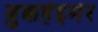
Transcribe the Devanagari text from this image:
ब्रुक्कहेइमेर